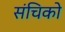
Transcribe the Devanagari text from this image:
संचिको